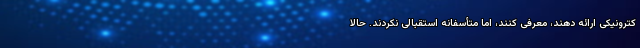
کترونیکی ارائه دهند، معرفی کنند، اما متأسفانه استقبالی نکردند. حالا